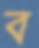
ব